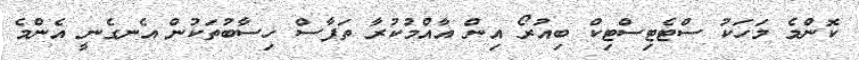
ކޮންމެ މަހަކު ސްޓެޓިސްޓިކް ބިއުރޯ އިން އާއްމުކުރާ ތަފާސް ހިސާބުތަކުން އެނގެނީ އެންމެ